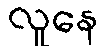
လူနေ